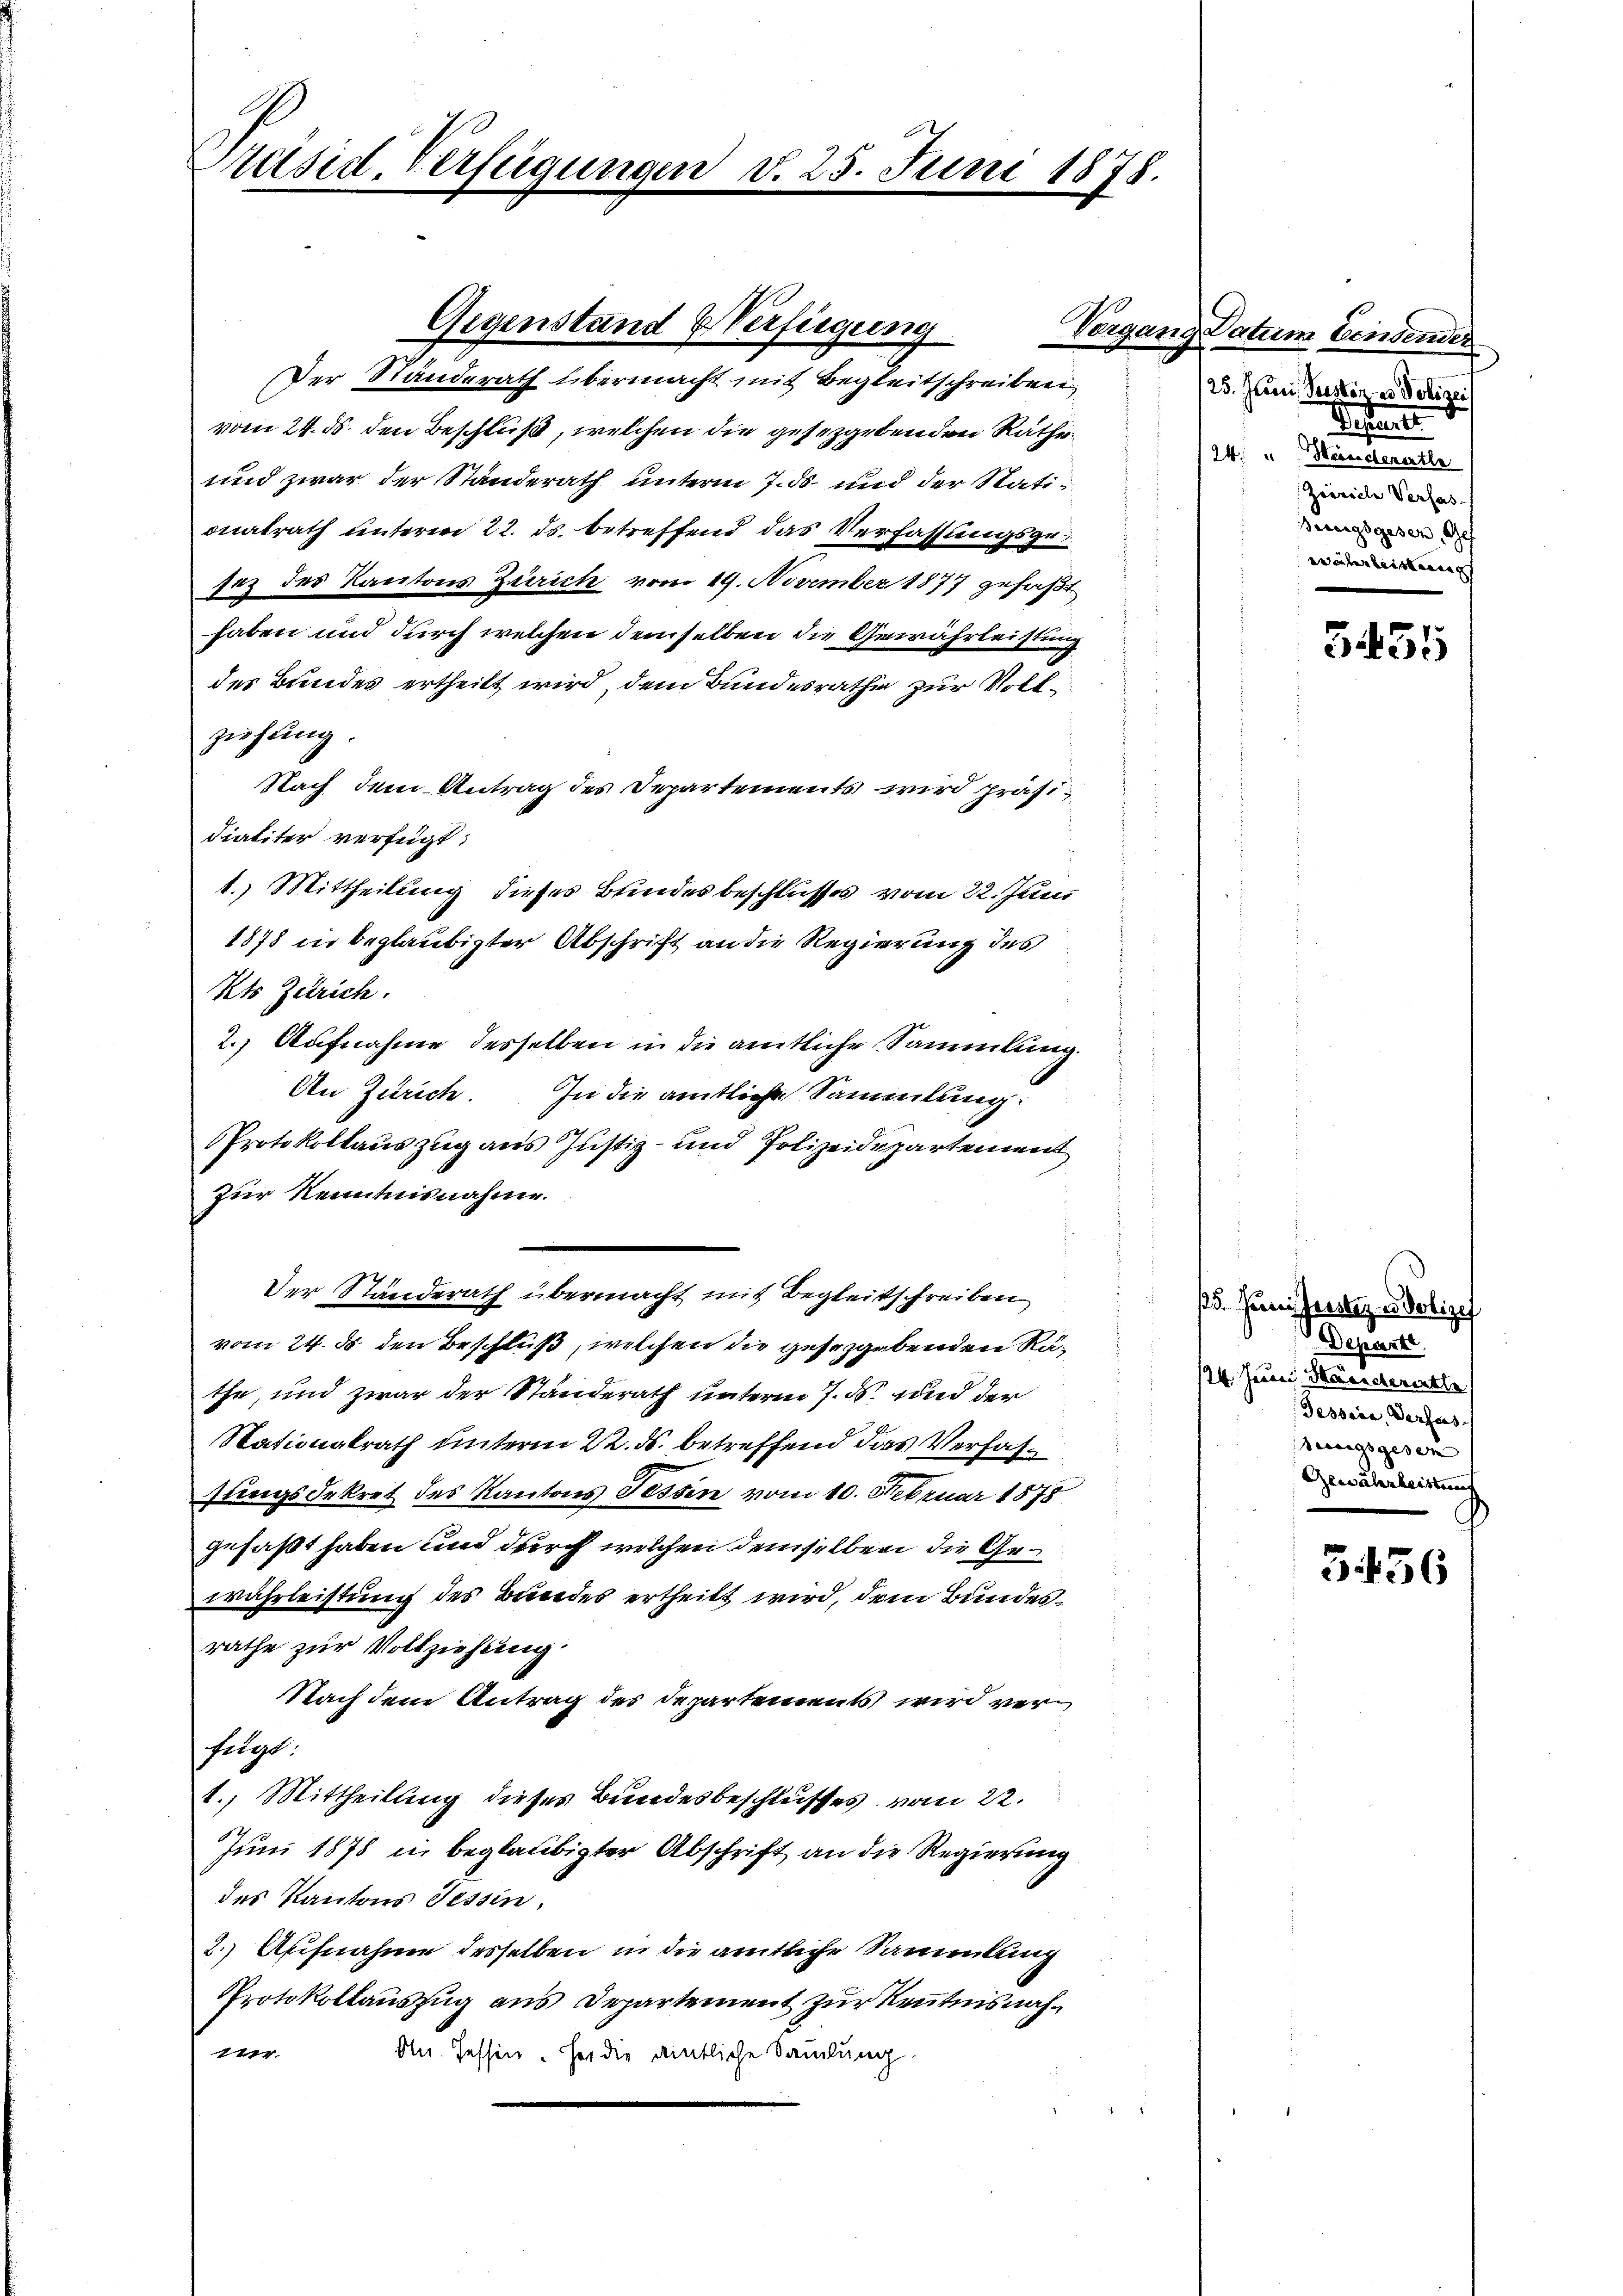
Präsid. Verfügungen d. 25. Juni 1878.

Gegenstand & Verfügung

Der Standerath übermacht mit Begleitschreiben
vom 24. ds. den Beschluß, welchen die gesetzgebenden Rathe¬
und zwar der Standerath unterm 7. ds. und der Stationalrath unterm 22. ds. betreffend das Verfassungsgesez des Kantons Zürich vom 19. November 1877 gefaßt
haben und durch welchen demselben die Gewährleistung
des Bundes ertheilt wird, dem Bundesrathe zur Vollziehung.
Nach dem Antrag des Departements wird präsidialiter verfügt:
1.) Mittheilung dieses Bundesbeschlusses vom 22. Juni
1878 in beglaubigter Abschrift an die Regierung des
Kts Zutrich.
2.) Aufnahme desselben in die amtliche Sammlung.
An Zürich.
In die amtliche Sammlung:
Protokollauszug aus Justiz- und Polizeidepartement
zur Kenntnisnahme.
Der Ständerath übermacht mit Begleitschreiben
vom 24. d. den Beschluß, welchen die gesetzgebenden Räthe, und zwar der Standerath unterm 7. ds. und der
Stationalrath unterm 22. ds. betreffend das Verfassungsdekret des Kantons Tessin vom 10. Februar 1878
gefaßt haben und durch welchen demselben die Gewährleistung des Beredes ertheilt wird, dem Bundesrathe zur Vollziehung
Nach dem Antrag des Departements wird verfegt:
1.) Mittheilung dieses Bundesbeschlusses vom 22.
Juni 1875 in beglaubigter Abschrift an die Regierung
des Kantons Tessin,
2.) Aufnahme desselben in die amtliche Sammlung
Protokollauszug aus Departement zur Kenntnisnah¬
744.
An. Tessin. Her die amtliche Samlung.

Vorgas

ng Datum Lindender
125. Juni Persten u. Polizeis
Pestalte
24 u Heischererthe
Zieviele Verfas-
erungsgesen, de
währleistenpf

3435

15. Juniustiz - Polizei
Departe
124. Jena Magistererthe
Tessire, Verfas-
serungsgesen
Gewährleistung

336